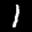
Label: 1